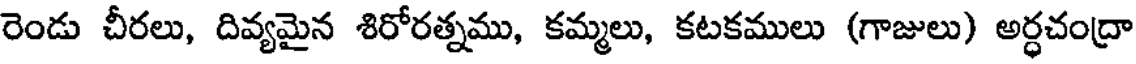
రెండు చీరలు, దివ్యమైన శిరోరత్నము, కమ్మలు, కటకములు (గాజులు) అర్ధచంద్రా